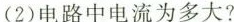
(2)电路中电流为多大?